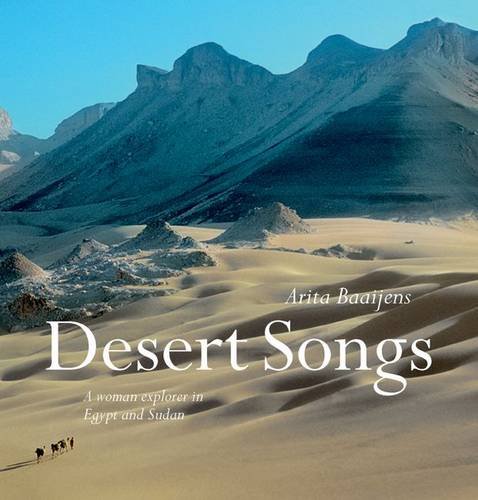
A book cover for Desert Songs: A Woman Explorer in Egypt and Sudan; Arita Baaijens; Travel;